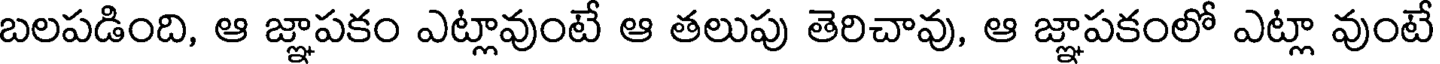
బలపడింది, ఆ జ్ఞాపకం ఎట్లావుంటే ఆ తలుపు తెరిచావు, ఆ జ్ఞాపకంలో ఎట్లా వుంటే